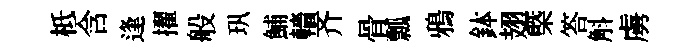
柢含逢擢般㺬鯆轖齐骨瓢鴉鉢翅㮣答斛虜